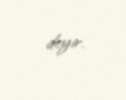
deyir.